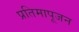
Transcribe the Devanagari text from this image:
प्रतिमापूजन